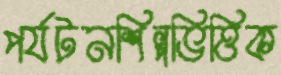
পর্যটনশিল্পভিত্তিক